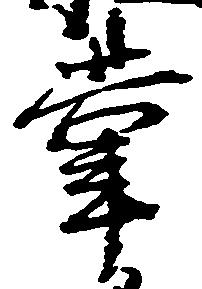
掌